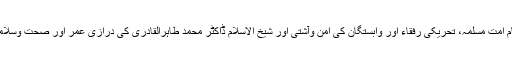
کیمپ کے اختتام پر تحریک کے تمام امت مسلمہ، تحریکی رفقاء اور وابستگان کی امن وآشتی اور شیخ الاسلام ڈاکٹر محمد طاہرالقادری کی درازی عمر اور صحت وسلامتی کے لیے خصوصی دعا کی گئی۔